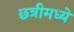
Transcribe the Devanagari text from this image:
छत्रीमध्ये